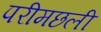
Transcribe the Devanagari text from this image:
परीमछली